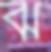
ঝ